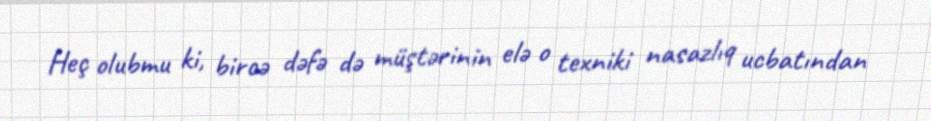
Heç olubmu ki, bircə dəfə də müştərinin elə o texniki nasazlıq ucbatından